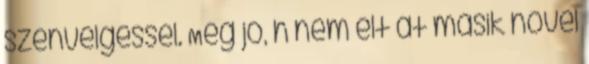
szenvelgéssel. Még jó, h nem élt át másik nővel